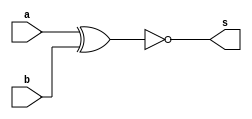
// ------------------------- 
// Ex03  - XNOR 
// Nome: Igor 

// ------------------------- 
// ------------------------- 
// -- xnor gate 
// ------------------------- 

	module xnorgate ( output s,input a,input b); 
	assign s = ~(a^b); 
	endmodule // xnorgate 

// --------------------- 
// -- test xnor gate 
// --------------------- 

	module testxnorgate; 

// ------------------------- dados locais 
	
	reg a, b; // entrada 
	wire s; // saida 

// ------------------------- instancia 

	xnorgate XNOR1 (s, a, b); 

// ------------------------- preparacao 
	
	initial begin:start 
	a=0; b=0; 
	end 

// ------------------------- parte principal 
	initial begin 
	$display("Ex03 - Igor Thadeu - 396704"); 
	$display("Test XNOR gate"); 
	$display("\na ^ b = s\n"); 
	a=0; b=0; 
	#1 $display("%b ^ %b = %b", a, b, s); 
	a=0; b=1; 
	#1 $display("%b ^ %b = %b", a, b, s); 
	a=1; b=0; 
	#1 $display("%b ^ %b = %b", a, b, s); 
	a=1; b=1; 
	#1 $display("%b ^ %b = %b", a, b, s); 
	end 
	endmodule // testxnorgate